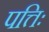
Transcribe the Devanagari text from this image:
पत्तिः